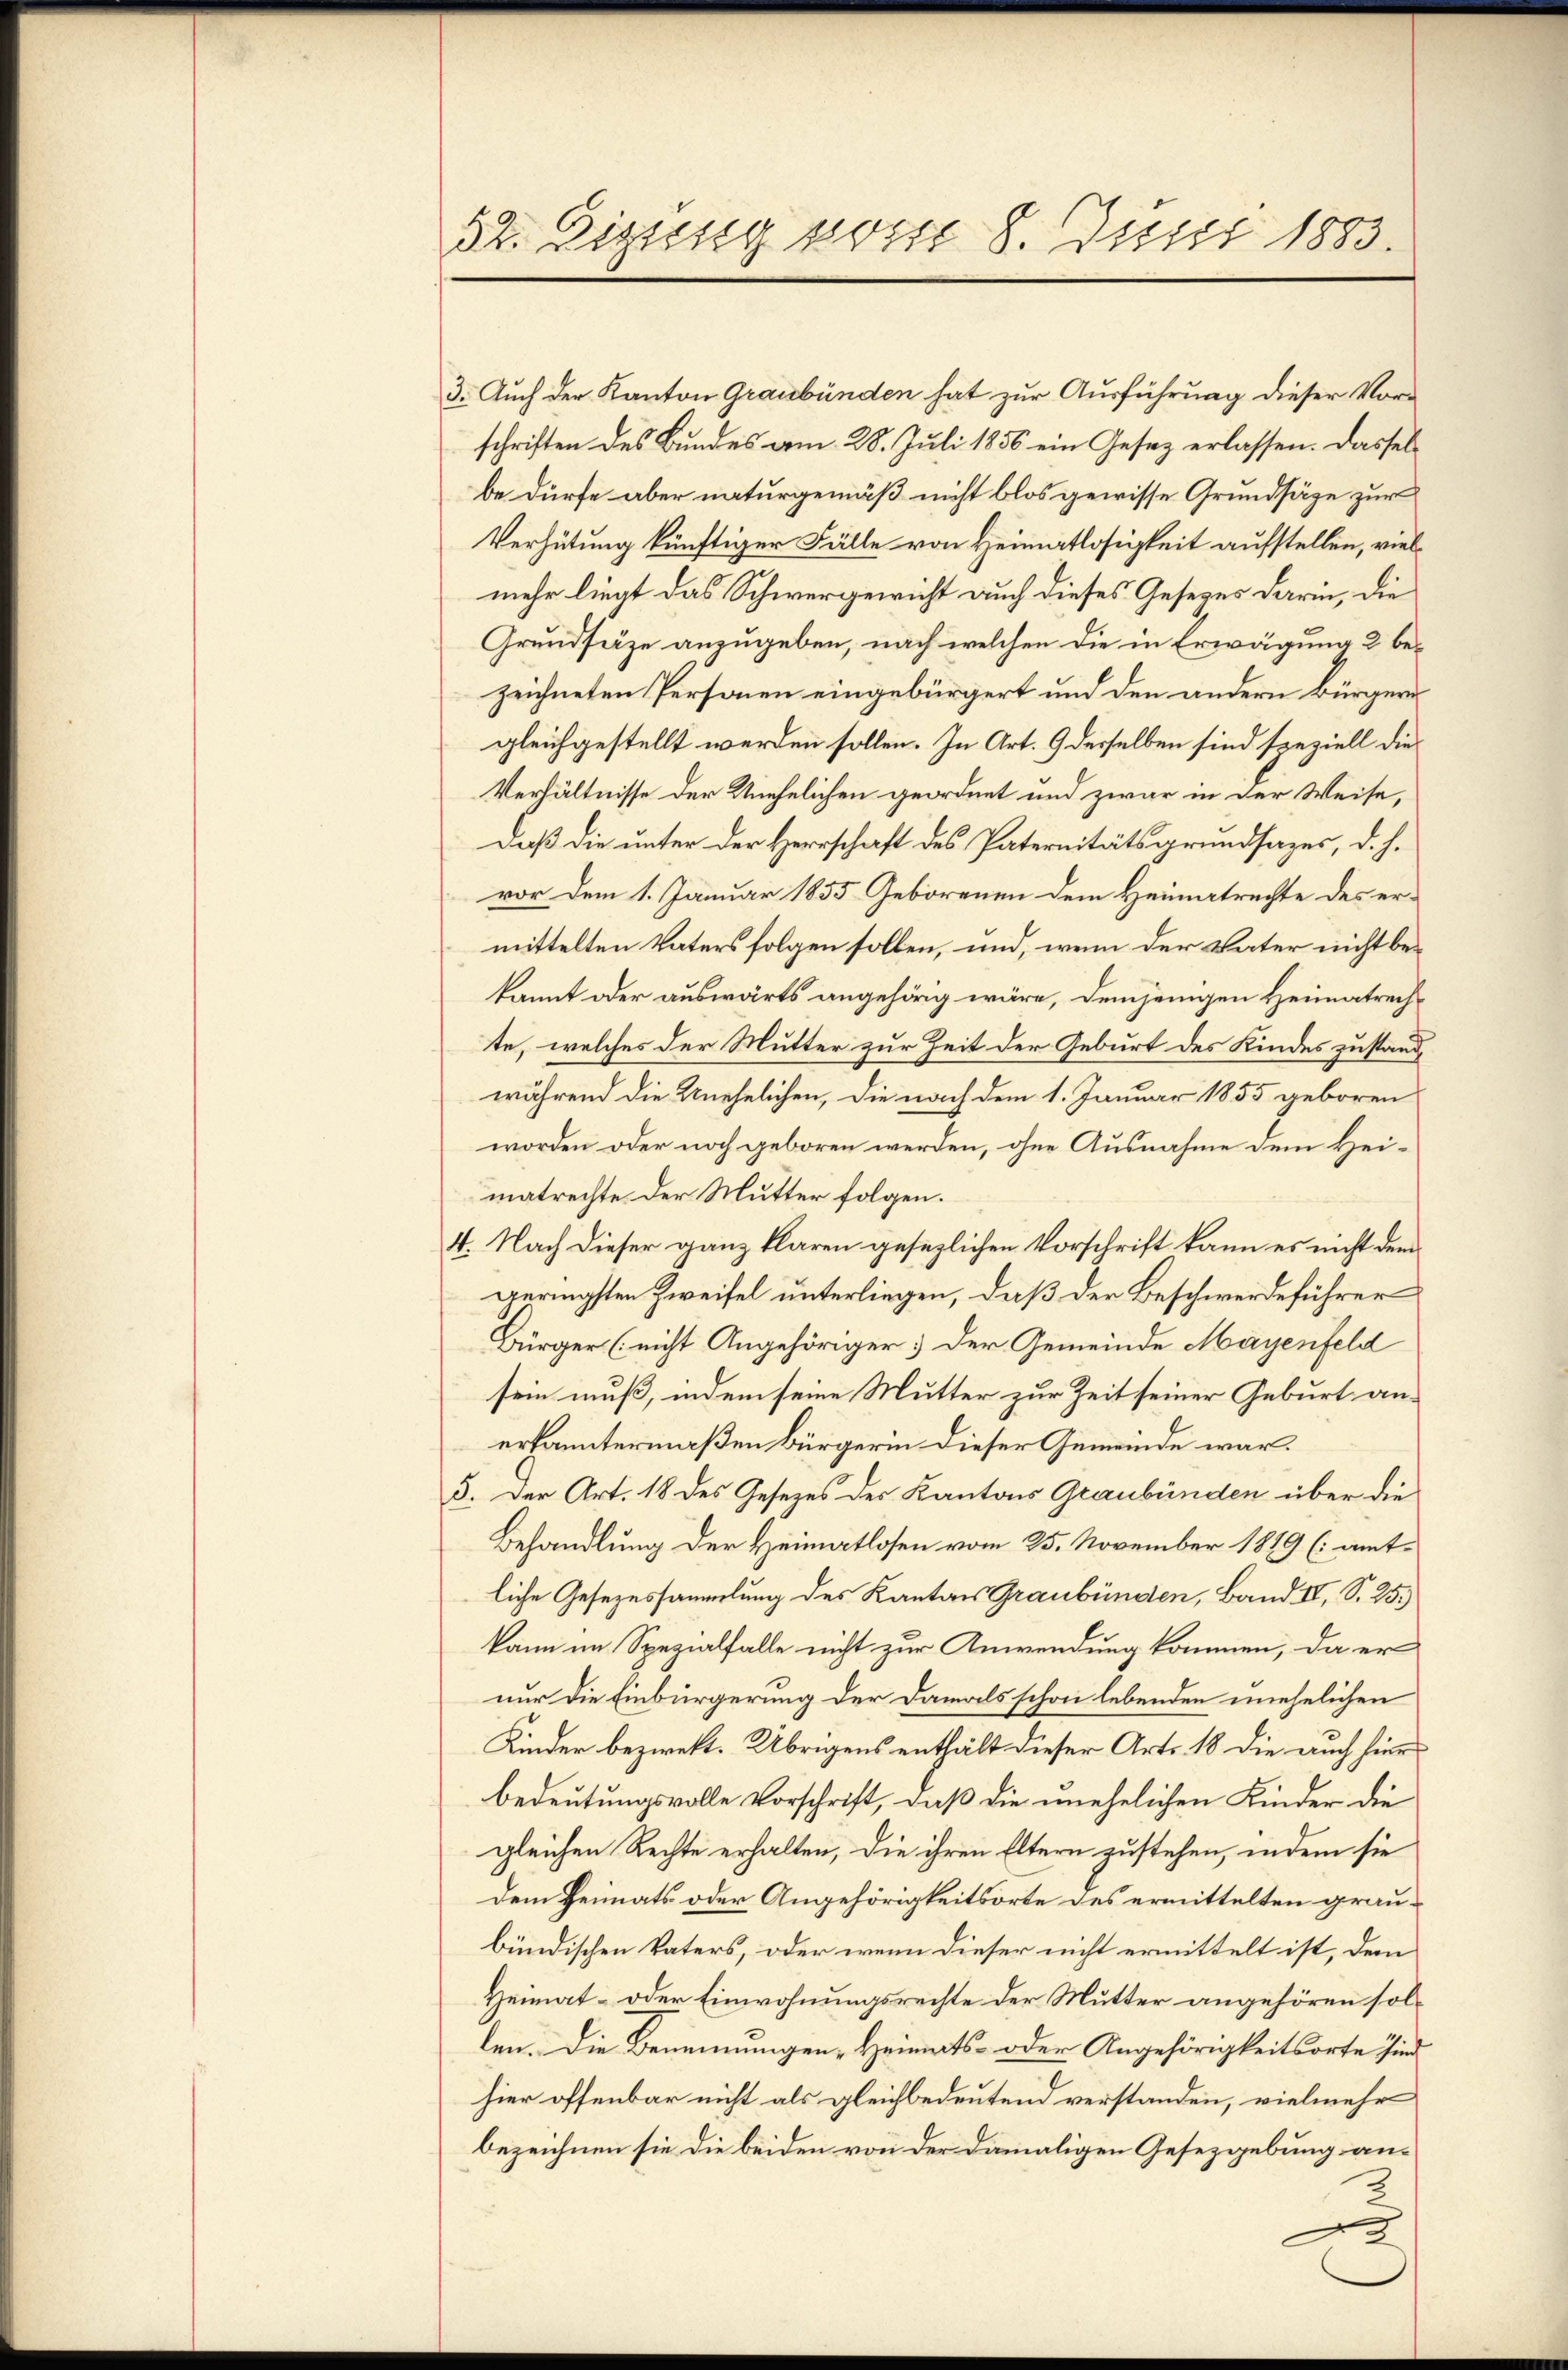
52. Eigeng vom 8. Juni 1883.

3. Auch der Kanton Graubünden hat zur Ausführung dieser Vorschriften des Bundes am 28. Juli 1856 ein Gesetz erlassen. Dasselbe dürfe aber naturgemäß nicht blos gewisse Grundsäge zur
Verhütung künftiger Fälle von Heimatlosigkeit aufstellen, vielmehr liegt das Schwergericht auch dieses Gesetzes darin, die
Grundsätze anzugeben, nach welchen die in Erwägung 2 bezeichneten Personen eingebürgert und den andern Bürgern
gleichgestellt werden sollen. In Art. 9 desselben sind speziell die¬
Verhältnisse der Unehelichen geordnet und zwar in der Weise,
Daß die unter der Herrschaft des Paternitätsgrundsazes, d. h.
vor dem 1. Januar 1855 Geborenen dem Heimatrechte des ermittelten Vaters folgen sollen, und, wenn der Vater nicht bekannt oder auswärts angehörig wäre, demjenigen Heimatrech-
te, welches der Mutter zur Zeit der Geburt des Kindes zustand,
während die Unehelichen, die nach dem 1. Januar 1855 geboren
worden oder noch geboren werden, ohne Ausnahme dem Heimatrechte der Mutter folgen.
4. Nach dieser ganz klaren gesezlichen Vorschrift kann es nicht dem
geringsten Zweifel unterliegen, daß der Beschwerdeführer
Bürger (nicht Angehöriger: Der Gemeinde Mäyenfeld
sein muß, indem seine Mutter zur Zeit seiner Geburt anerkanntermaßen Bürgerin dieser Gemeinde war.
5. Der Art. 18 des Gesezes des Kantons Graubünden über die
Behandlung der Heimatlosen vom 25. November 1819 (amtliche Gesezessammlung des Kantons Graubünden, Band II, S. 25.)
kann im Spezialfalle nicht zur Anwendung kommen, da er
nur die Einbürgerung der Damals schon lebenden unehelichen
Kinder bezwekt. Übrigens enthält dieser Art. 18 die auch hier
bedeutungsvolle Vorschrift, daß die unehelichen Kinder die
gleichen Rechte erhalten, die ihren Eltern zustehen, indem sie
Dem Heimats oder Angehörigkeitsorte des ermittelten graubündischen Vaters, oder wenn dieser nicht ermittelt ist, dem
Heimat- oder Einwohnungsrechte der Mutter angehören sollen. Die Benennungen „Heimats- oder Angehörigkeitsorte sind
hier offenbar nicht als gleichbedeutend verstanden, vielmehr
bezeichnen sie die beiden von der damaligen Gesetzgebung an¬
2